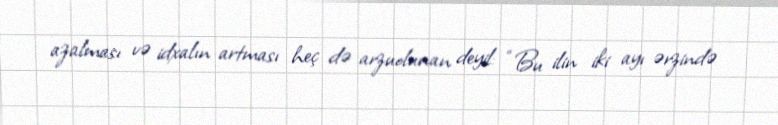
azalması və idxalın artması heç də arzuolunan deyil: “Bu ilin iki ayı ərzində